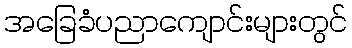
အခြေခံပညာကျောင်းများတွင်